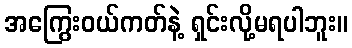
အကြွေးဝယ်ကတ်နဲ့ ရှင်းလို့မရပါဘူး။